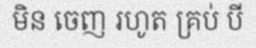
មិន ចេញ រហូត គ្រប់ បី